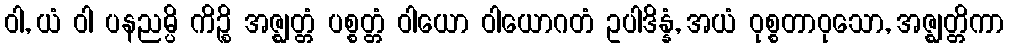
ဝါ, ယံ ဝါ ပနညမ္ပိ ကိဉ္စိ အဇ္ဈတ္တံ ပစ္စတ္တံ ဝါယော ဝါယောဂတံ ဥပါဒိန္နံ, အယံ ဝုစ္စတာဝုသော, အဇ္ဈတ္တိကာ